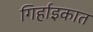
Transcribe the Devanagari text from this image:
गिर्हाइकात